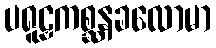
ပရူဠှကစ္ဆနခလောမာ